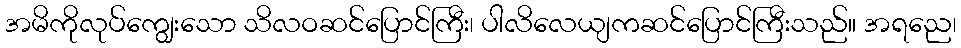
အမိကိုလုပ်ကျွေးသော သိလဝဆင်ပြောင်ကြီး၊ ပါလိလေယျကဆင်ပြောင်ကြီးသည်။ အရညေ၊